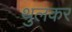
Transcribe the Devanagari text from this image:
थुलकर